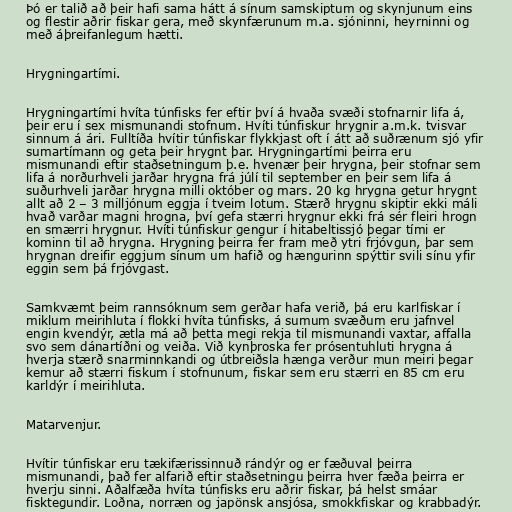
Þó er talið að þeir hafi sama hátt á sínum samskiptum og skynjunum eins
og flestir aðrir fiskar gera, með skynfærunum m.a. sjóninni, heyrninni og
með áþreifanlegum hætti.

Hrygningartími.

Hrygningartími hvíta túnfisks fer eftir því á hvaða svæði stofnarnir lifa á,
þeir eru í sex mismunandi stofnum. Hvíti túnfiskur hrygnir a.m.k. tvisvar
sinnum á ári. Fulltíða hvítir túnfiskar flykkjast oft í átt að suðrænum sjó yfir
sumartímann og geta þeir hrygnt þar. Hrygningartími þeirra eru
mismunandi eftir staðsetningum þ.e. hvenær þeir hrygna, þeir stofnar sem
lifa á norðurhveli jarðar hrygna frá júlí til september en þeir sem lifa á
suðurhveli jarðar hrygna milli október og mars. 20 kg hrygna getur hrygnt
allt að 2 – 3 milljónum eggja í tveim lotum. Stærð hrygnu skiptir ekki máli
hvað varðar magni hrogna, því gefa stærri hrygnur ekki frá sér fleiri hrogn
en smærri hrygnur. Hvíti túnfiskur gengur í hitabeltissjó þegar tími er
kominn til að hrygna. Hrygning þeirra fer fram með ytri frjóvgun, þar sem
hrygnan dreifir eggjum sínum um hafið og hængurinn spýttir svili sínu yfir
eggin sem þá frjóvgast.

Samkvæmt þeim rannsóknum sem gerðar hafa verið, þá eru karlfiskar í
miklum meirihluta í flokki hvíta túnfisks, á sumum svæðum eru jafnvel
engin kvendýr, ætla má að þetta megi rekja til mismunandi vaxtar, affalla
svo sem dánartíðni og veiða. Við kynþroska fer prósentuhluti hrygna á
hverja stærð snarminnkandi og útbreiðsla hænga verður mun meiri þegar
kemur að stærri fiskum í stofnunum, fiskar sem eru stærri en 85 cm eru
karldýr í meirihluta.

Matarvenjur.

Hvítir túnfiskar eru tækifærissinnuð rándýr og er fæðuval þeirra
mismunandi, það fer alfarið eftir staðsetningu þeirra hver fæða þeirra er
hverju sinni. Aðalfæða hvíta túnfisks eru aðrir fiskar, þá helst smáar
fisktegundir. Loðna, norræn og japönsk ansjósa, smokkfiskar og krabbadýr.